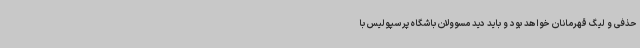
حذفی و لیگ قهرمانان خواهد بود و باید دید مسوولان باشگاه پرسپولیس با